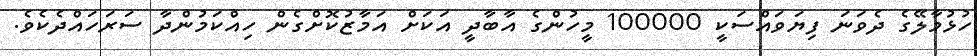
ހުޅުމާލޭގެ ދެވަނަ ފިޔަވައްސަކީ 100000 މީހުންގެ އާބާދީ އަކަށް އަމާޒުކޮށްގެން ހިއްކަމުންދާ ސަރަހައްދެކެވެ.